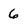
Character: 6